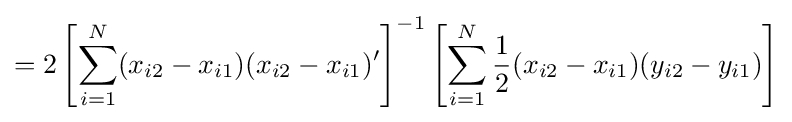
=2\left[\sum _{i=1}^{N}(x_{i2}-x_{i1})(x_{i2}-x_{i1})'\right]^{-1}\left[\sum _{i=1}^{N}{\frac {1}{2}}(x_{i2}-x_{i1})(y_{i2}-y_{i1})\right]